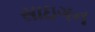
સાઇગન